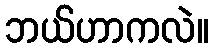
ဘယ်ဟာကလဲ။